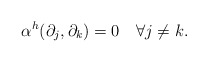
\begin{align*} \alpha^h(\partial_j,\partial_k)=0\quad\forall j\neq k.\end{align*}